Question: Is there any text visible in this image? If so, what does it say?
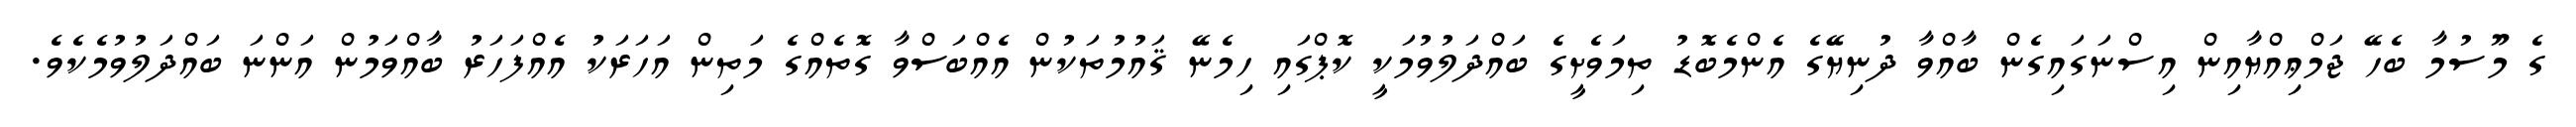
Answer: ގެ މޫސުމާ ބެހޭ ޖަމްޢިއްޔާއިން އިސްނަގައިގެން ބާއްވާ ދުނިޔޭގެ އެންމެބޮޑު ތިމަވެށީގެ ބައްދަލުވުމަކީ ކޮޕްގައި ހިމެނޭ ޤައުމުތަކުން އެއްބަސްވާ ގޮތެއްގެ މަތިން އަހަރަކު އެއްފަހަރު ބާއްވަމުން އަންނަ ބައްދަލުވުމެކެވެ.